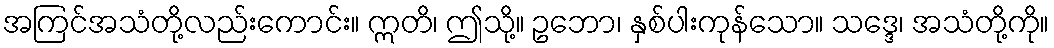
အကြင်အသံတို့လည်းကောင်း။ ဣတိ၊ ဤသို့။ ဥဘော၊ နှစ်ပါးကုန်သော။ သဒ္ဒေ၊ အသံတို့ကို။